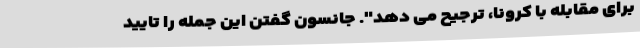
برای مقابله با کرونا، ترجیح می دهد". جانسون گفتن این جمله را تایید